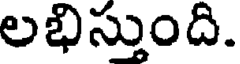
లభిస్తుంది.